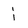
Character: i